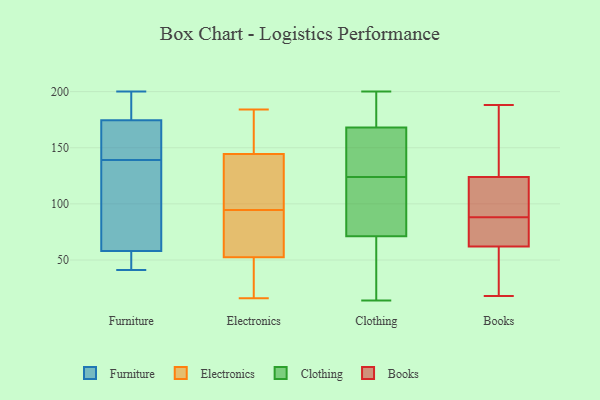
{"axis": {"x": "Operating Costs (USD K)", "y": "Value"}, "legend": ["Books", "Clothing", "Electronics", "Furniture"], "data": [{"x": "", "y": 66, "type": "Furniture"}, {"x": "", "y": 200, "type": "Furniture"}, {"x": "", "y": 168, "type": "Furniture"}, {"x": "", "y": 172, "type": "Furniture"}, {"x": "", "y": 172, "type": "Furniture"}, {"x": "", "y": 184, "type": "Furniture"}, {"x": "", "y": 41, "type": "Furniture"}, {"x": "", "y": 49, "type": "Furniture"}, {"x": "", "y": 53, "type": "Furniture"}, {"x": "", "y": 110, "type": "Furniture"}, {"x": "", "y": 63, "type": "Furniture"}, {"x": "", "y": 177, "type": "Furniture"}, {"x": "", "y": 90, "type": "Electronics"}, {"x": "", "y": 99, "type": "Electronics"}, {"x": "", "y": 51, "type": "Electronics"}, {"x": "", "y": 184, "type": "Electronics"}, {"x": "", "y": 138, "type": "Electronics"}, {"x": "", "y": 151, "type": "Electronics"}, {"x": "", "y": 126, "type": "Electronics"}, {"x": "", "y": 18, "type": "Electronics"}, {"x": "", "y": 135, "type": "Electronics"}, {"x": "", "y": 64, "type": "Electronics"}, {"x": "", "y": 79, "type": "Electronics"}, {"x": "", "y": 26, "type": "Electronics"}, {"x": "", "y": 16, "type": "Electronics"}, {"x": "", "y": 54, "type": "Electronics"}, {"x": "", "y": 176, "type": "Electronics"}, {"x": "", "y": 174, "type": "Electronics"}, {"x": "", "y": 124, "type": "Clothing"}, {"x": "", "y": 200, "type": "Clothing"}, {"x": "", "y": 14, "type": "Clothing"}, {"x": "", "y": 90, "type": "Clothing"}, {"x": "", "y": 136, "type": "Clothing"}, {"x": "", "y": 106, "type": "Clothing"}, {"x": "", "y": 77, "type": "Clothing"}, {"x": "", "y": 42, "type": "Clothing"}, {"x": "", "y": 186, "type": "Clothing"}, {"x": "", "y": 54, "type": "Clothing"}, {"x": "", "y": 199, "type": "Clothing"}, {"x": "", "y": 162, "type": "Clothing"}, {"x": "", "y": 144, "type": "Clothing"}, {"x": "", "y": 32, "type": "Books"}, {"x": "", "y": 188, "type": "Books"}, {"x": "", "y": 91, "type": "Books"}, {"x": "", "y": 188, "type": "Books"}, {"x": "", "y": 18, "type": "Books"}, {"x": "", "y": 87, "type": "Books"}, {"x": "", "y": 89, "type": "Books"}, {"x": "", "y": 181, "type": "Books"}, {"x": "", "y": 111, "type": "Books"}, {"x": "", "y": 68, "type": "Books"}, {"x": "", "y": 44, "type": "Books"}, {"x": "", "y": 62, "type": "Books"}, {"x": "", "y": 79, "type": "Books"}, {"x": "", "y": 124, "type": "Books"}]}